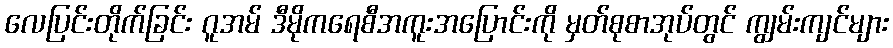
လေပြင်းတိုက်ခြင်း ဂူအမ် ဒီမိုကရေစီအကူးအပြောင်းကို မှတ်စုစာအုပ်တွင် ကျွမ်းကျင်များ